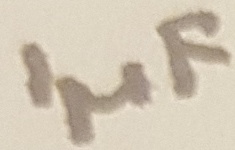
Text: 1µF